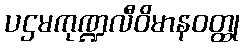
ပဌမကုဏ္ဍလီဝိမာနဝတ္ထု